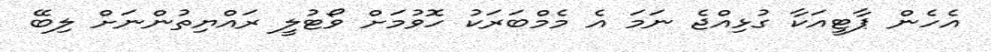
އެހެން ޕާޓީއަކާ ގުޅިއްޖެ ނަމަ އެ މެމްބަރަކު ހޮވުމަށް ވޯޓުލީ ރައްޔިތުންނަށް ލިބޭ